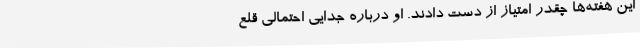
این هفته‌ها چقدر امتیاز از دست دادند. او درباره جدایی احتمالی قلع